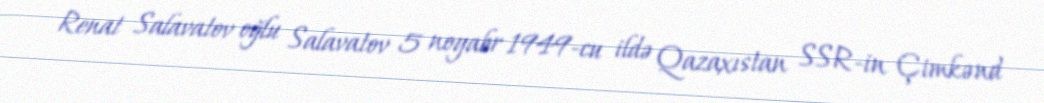
Renat Salavatov oğlu Salavatov 5 noyabr 1949-cu ildə Qazaxıstan SSR-in Çimkənd